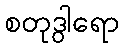
စတုဒွါရော